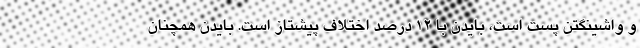
و واشینگتن پست است، بایدن با 12 درصد اختلاف پیشتاز است. بایدن همچنان